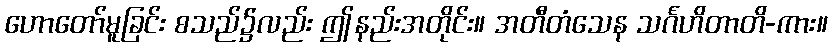
ဟောတော်မူခြင်း စသည်၌လည်း ဤနည်းအတိုင်း။ အတီတံသေန သင်္ဂဟိတာတိ-ကား။